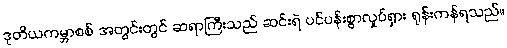
ဒုတိယကမ္ဘာစစ် အတွင်းတွင် ဆရာကြီးသည် ဆင်းရဲ ပင်ပန်းစွာလှုပ်ရှား ရုန်းကန်ရသည်။